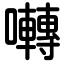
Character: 囀